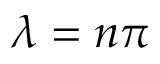
\lambda = n \pi